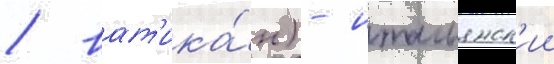
/ ват'ика́н) - итальянск'ии